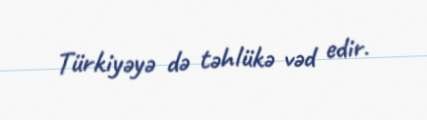
Türkiyəyə də təhlükə vəd edir.